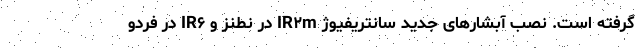
گرفته است. نصب آبشارهای جدید سانتریفیوژ IR۲m در نطنز و IR۶ در فردو